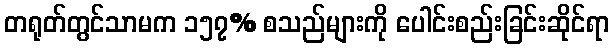
တရုတ်တွင်သာမက ၁၅၇% စသည်များကို ပေါင်းစည်းခြင်းဆိုင်ရာ